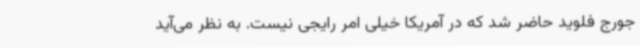
جورج فلوید حاضر شد که در آمریکا خیلی امر رایجی نیست. به نظر می‌آید